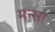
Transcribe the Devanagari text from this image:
मन्सा